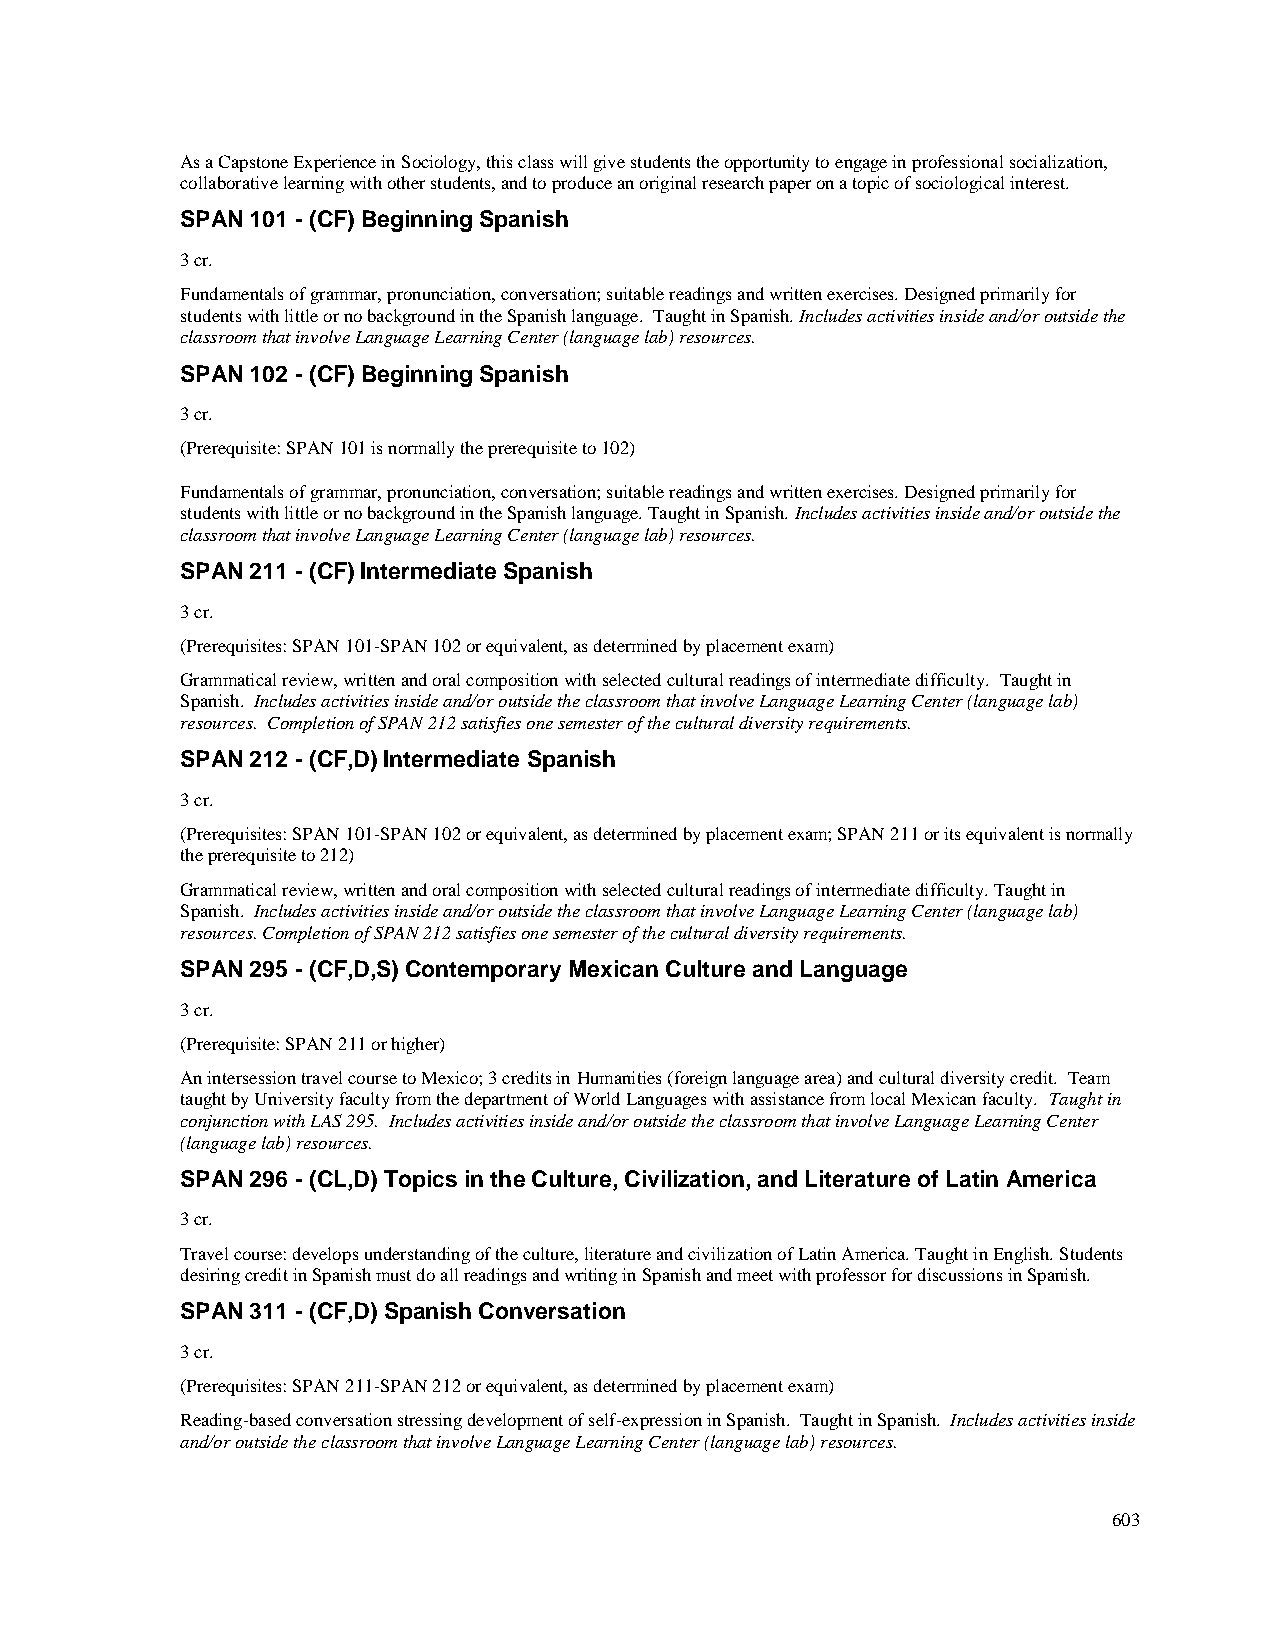
As a Capstone Experience in Sociology, this class will give students the opportunity to engage in professional socialization,
 collaborative learning with other students, and to produce an original research paper on a topic of sociological interest.
 SPAN 101 - (CF) Beginning Spanish
 3 cr.
 Fundamentals of grammar, pronunciation, conversation; suitable readings and written exercises. Designed primarily for
 students with little or no background in the Spanish language. Taught in Spanish. Includes activities inside and/or outside the
 classroom that involve Language Learning Center (language lab) resources.
 SPAN 102 - (CF) Beginning Spanish
 3 cr.
 (Prerequisite: SPAN 101 is normally the prerequisite to 102)
 Fundamentals of grammar, pronunciation, conversation; suitable readings and written exercises. Designed primarily for
 students with little or no background in the Spanish language. Taught in Spanish. Includes activities inside and/or outside the
 classroom that involve Language Learning Center (language lab) resources.
 SPAN 211 - (CF) Intermediate Spanish
 3 cr.
 (Prerequisites: SPAN 101-SPAN 102 or equivalent, as determined by placement exam)
 Grammatical review, written and oral composition with selected cultural readings of intermediate difficulty. Taught in
 Spanish. Includes activities inside and/or outside the classroom that involve Language Learning Center (language lab)
 resources. Completion of SPAN 212 satisfies one semester of the cultural diversity requirements.
 SPAN 212 - (CF,D) Intermediate Spanish
 3 cr.
 (Prerequisites: SPAN 101-SPAN 102 or equivalent, as determined by placement exam; SPAN 211 or its equivalent is normally
 the prerequisite to 212)
 Grammatical review, written and oral composition with selected cultural readings of intermediate difficulty. Taught in
 Spanish. Includes activities inside and/or outside the classroom that involve Language Learning Center (language lab)
 resources. Completion of SPAN 212 satisfies one semester of the cultural diversity requirements.
 SPAN 295 - (CF,D,S) Contemporary Mexican Culture and Language
 3 cr.
 (Prerequisite: SPAN 211 or higher)
 An intersession travel course to Mexico; 3 credits in Humanities (foreign language area) and cultural diversity credit. Team
 taught by University faculty from the department of World Languages with assistance from local Mexican faculty. Taught in
 conjunction with LAS 295. Includes activities inside and/or outside the classroom that involve Language Learning Center
 (language lab) resources.
 SPAN 296 - (CL,D) Topics in the Culture, Civilization, and Literature of Latin America
 3 cr.
 Travel course: develops understanding of the culture, literature and civilization of Latin America. Taught in English. Students
 desiring credit in Spanish must do all readings and writing in Spanish and meet with professor for discussions in Spanish.
 SPAN 311 - (CF,D) Spanish Conversation
 3 cr.
 (Prerequisites: SPAN 211-SPAN 212 or equivalent, as determined by placement exam)
 Reading-based conversation stressing development of self-expression in Spanish. Taught in Spanish. Includes activities inside
 and/or outside the classroom that involve Language Learning Center (language lab) resources.
 603